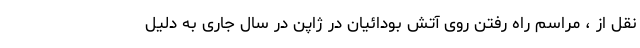
نقل از ، مراسم راه رفتن روی آتش بودائیان در ژاپن در سال جاری به دلیل